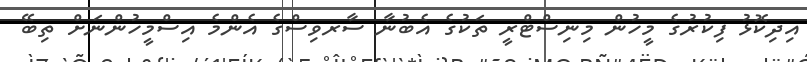
އިދިކޮޅު ފިކުރުގެ މީހުން މިނިސްޓްރީ ތަކުގެ އެބުނާ ސާރވިސްގެ އެންމެ އިސްމީހުންނަށް ތިބޭ